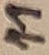
Text: 11